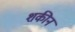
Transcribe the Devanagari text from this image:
शकीन